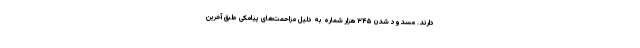
دارند. مسدود شدن ۳۴۵ هزار شماره‌ به‌ دلیل مزاحمت‌های پیامکی طبق آخرین